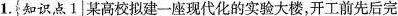
1.知识点1某高校拟建一座现代化的实验大楼，开工前先后完